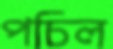
পচিল